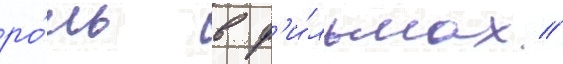
ро́ль в ф'и́льмах //